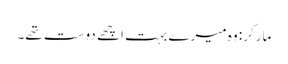
مارکر: وہ میرے بہت اچھے دوست تھے۔